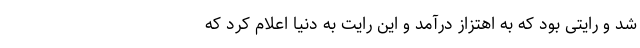
شد و رایتی بود که به اهتزاز درآمد و این رایت به دنیا اعلام کرد که